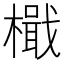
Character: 檝